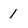
Character: 1